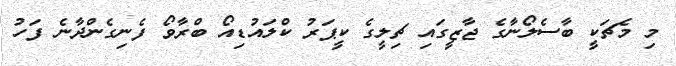
މި މެޗަކީ ބާސެލޯނާގެ ޖާޒީގައި ޗިލީގެ ކީޕަރު ކްލައުޑިއޯ ބްރާވޯ ފެނިގެންދާނެ ފަހު